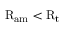
\mathrm { R } _ { \mathrm { a m } } < \mathrm { R } _ { \mathrm { t } }